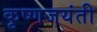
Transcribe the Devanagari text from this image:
कृष्णजयंती